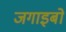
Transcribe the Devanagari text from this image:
जगाइबो